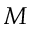
M